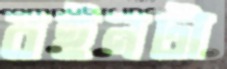
বইনটা